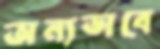
অন্যভাবে